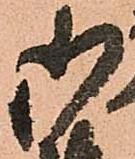
御